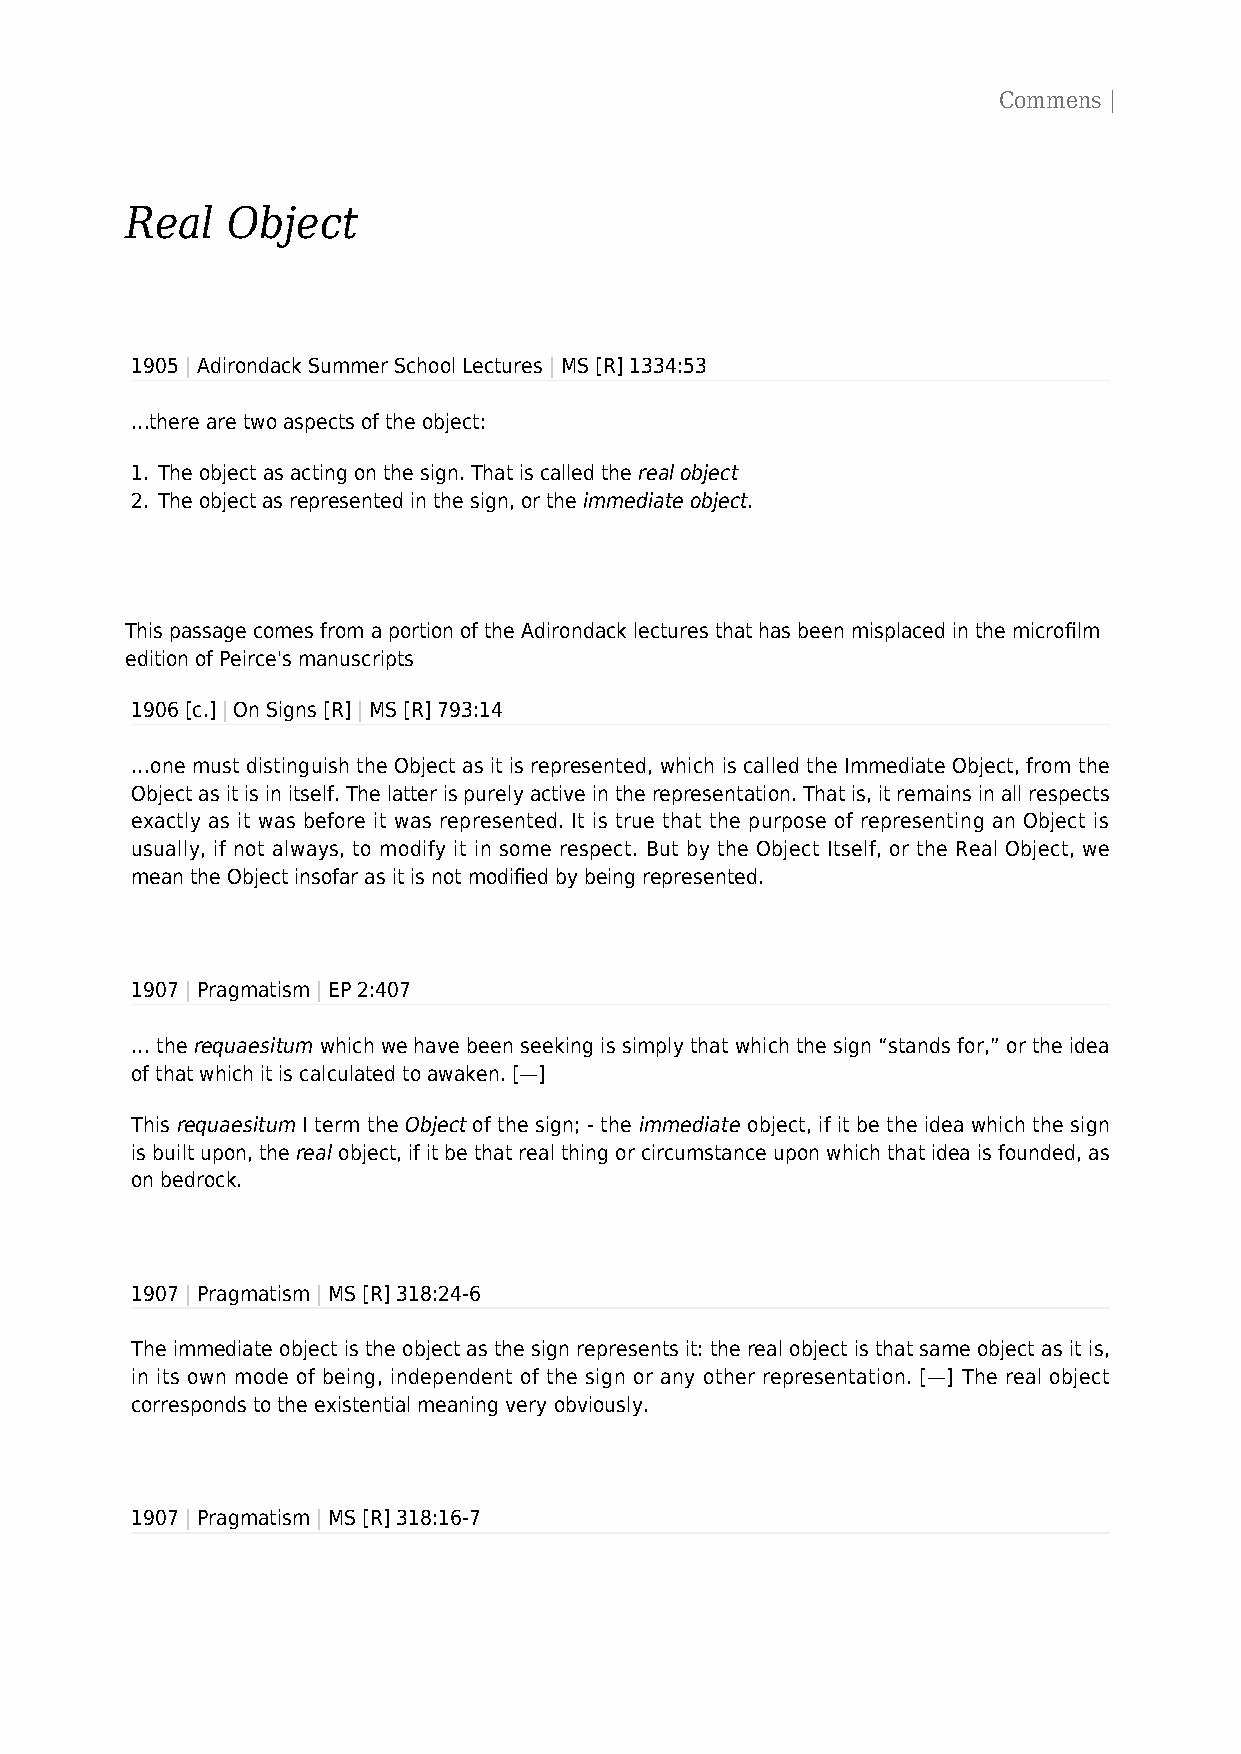
Commens |
 Real   Object
 1905 | Adirondack Summer School Lectures | MS [R] 1334:53
 …there are two aspects of the object:
 1. The object as acting on the sign. That is called the real object
 2. The object as represented in the sign, or the immediate object.
 This passage comes from a portion of the Adirondack lectures that has been misplaced in the microfilm
 edition of Peirce's manuscripts
 1906 [c.] | On Signs [R] | MS [R] 793:14
 …one must distinguish the Object as it is represented, which is called the Immediate Object, from the
 Object as it is in itself. The latter is purely active in the representation. That is, it remains in all respects
 exactly as it was before it was represented. It is true that the purpose of representing an Object is
 usually, if not always, to modify it in some respect. But by the Object Itself, or the Real Object, we
 mean the Object insofar as it is not modified by being represented.
 1907 | Pragmatism | EP 2:407
 … the requaesitum which we have been seeking is simply that which the sign “stands for,” or the idea
 of that which it is calculated to awaken. [—]
 This requaesitum I term the Object of the sign; - the immediate object, if it be the idea which the sign
 is built upon, the real object, if it be that real thing or circumstance upon which that idea is founded, as
 on bedrock.
 1907 | Pragmatism | MS [R] 318:24-6
 The immediate object is the object as the sign represents it: the real object is that same object as it is,
 in its own mode of being, independent of the sign or any other representation. [—] The real object
 corresponds to the existential meaning very obviously.
 1907 | Pragmatism | MS [R] 318:16-7